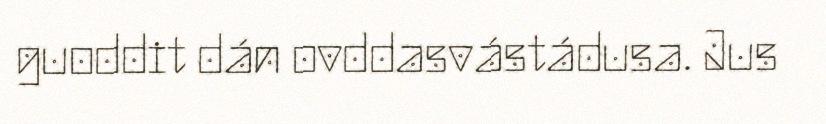
guoddit dán ovddasvástádusa. Jus